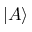
| A \rangle